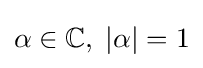
{\textstyle \alpha \in \mathbb {C} ,\;|\alpha |=1}